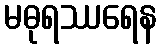
မဓုရဿရေန